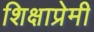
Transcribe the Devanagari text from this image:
शिक्षाप्रेमी